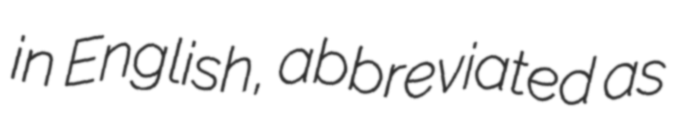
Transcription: in English, abbreviated as